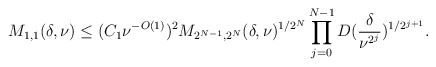
\begin{align*}M_{1, 1}(\delta, \nu) \leq (C_{1}\nu^{-O(1)})^{2}M_{2^{N - 1}, 2^{N}}(\delta, \nu)^{1/2^N}\prod_{j = 0}^{N-1}D(\frac{\delta}{\nu^{2^j}})^{1/2^{j + 1}}.\end{align*}